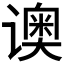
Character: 𬤡